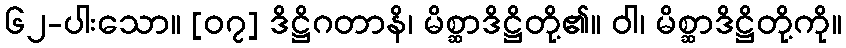
၆၂-ပါးသော။ [၀၇] ဒိဋ္ဌိဂတာနိ၊ မိစ္ဆာဒိဋ္ဌိတို့၏။ ဝါ၊ မိစ္ဆာဒိဋ္ဌိတို့ကို။